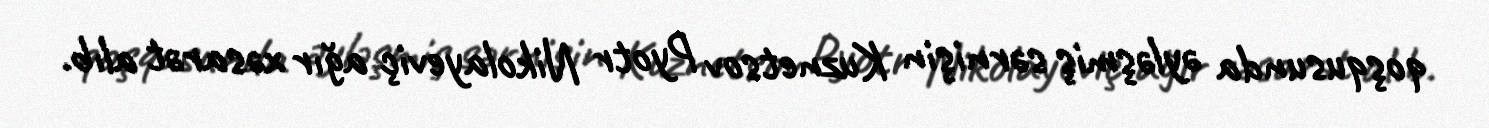
qoşqusunda əyləşmiş sərnişin Kuznetsov Pyotr Nikolayeviç ağır xəsarət alıb.